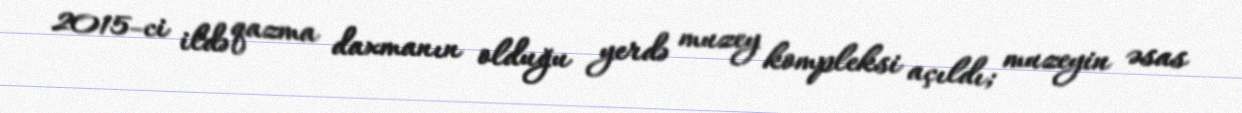
2015-ci ildə qazma daxmanın olduğu yerdə muzey kompleksi açıldı; muzeyin əsas